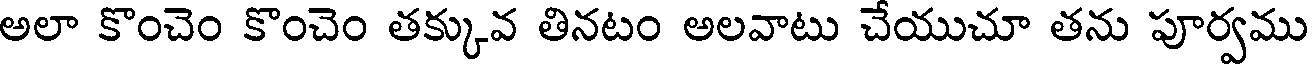
అలా కొంచెం కొంచెం తక్కువ తినటం అలవాటు చేయుచూ తను పూర్వము